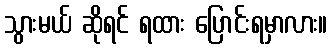
သွားမယ် ဆိုရင် ရထား ပြောင်းရမှာလား။